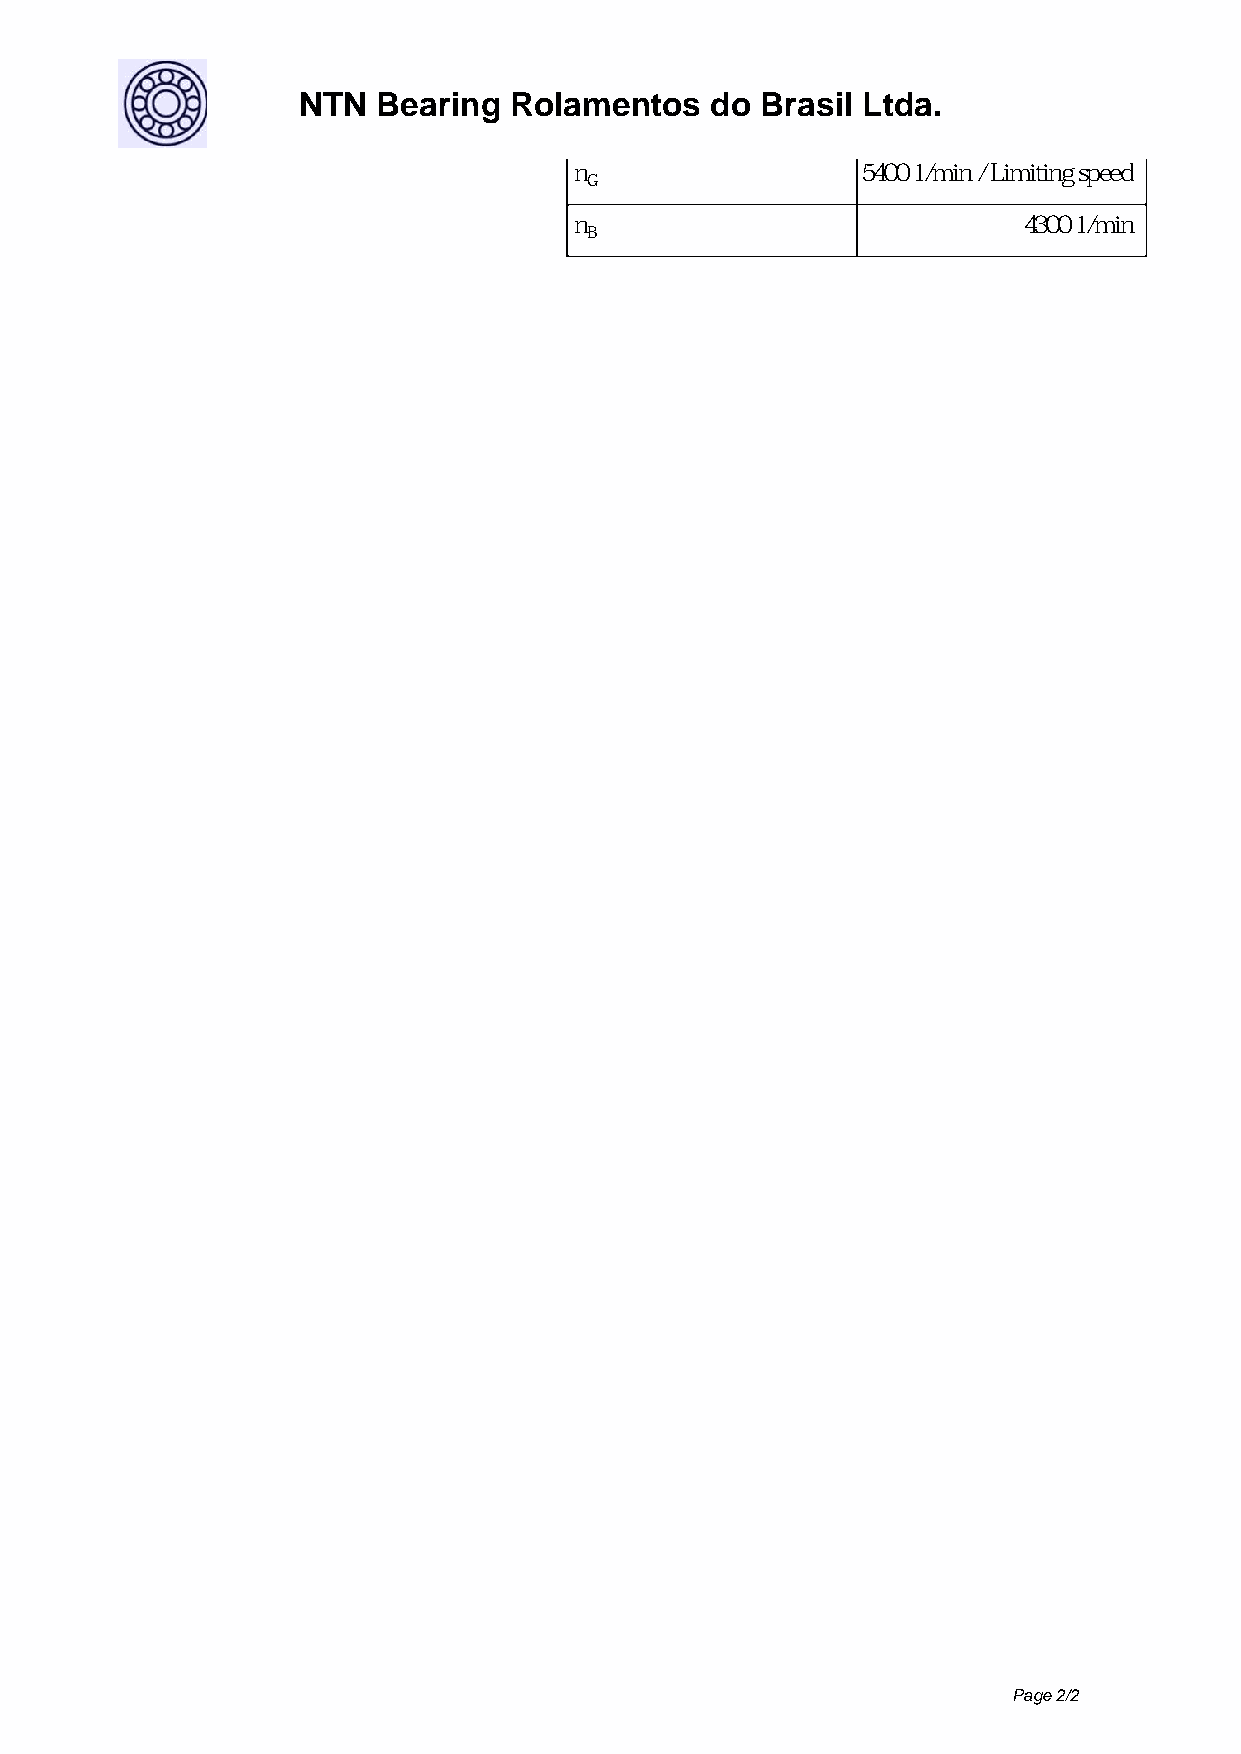
NTN  Bearing  Rolamentos   do Brasil Ltda.
 n                  5400 1/min / Limiting speed
 G
 n                             4300 1/min
 B
 Page 2/2
 Powered by TCPDF (www.tcpdf.org)